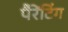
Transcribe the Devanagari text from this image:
पैरेंटिंग